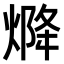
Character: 𤌅